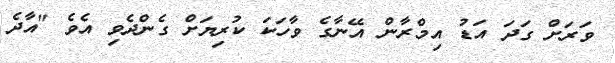
ވަރަށް ގަދަ އަޑު އިމްރާން އޭނާގެ ވާހަކަ ކުރިޔަށް ގެންދެވި އެވެ "އާދެ